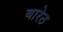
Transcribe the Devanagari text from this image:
बारेठ